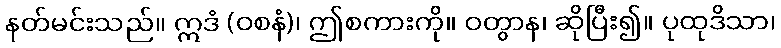
နတ်မင်းသည်။ ဣဒံ (ဝစနံ)၊ ဤစကားကို။ ဝတွာန၊ ဆိုပြီး၍။ ပုထုဒိသာ၊